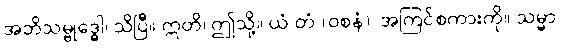
အဘိသမ္ဗုဒ္ဓေါ၊ သိပြီ။ ဣတိ၊ ဤသို့။ ယံ တံ (ဝစနံ)၊ အကြင်စကားကို။ သမ္မာ၊